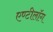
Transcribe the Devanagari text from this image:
एण्टीलॉग